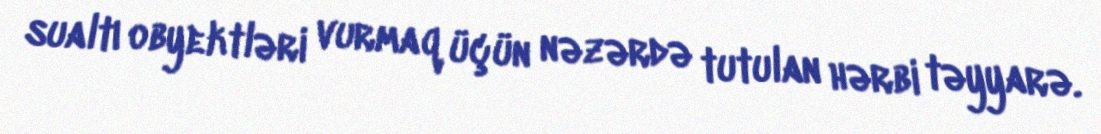
sualtı obyektləri vurmaq üçün nəzərdə tutulan hərbi təyyarə.